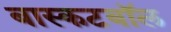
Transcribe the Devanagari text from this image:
बास्कटबॉल